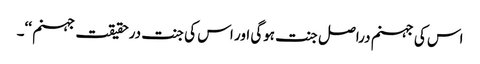
اس کی جہنم دراصل جنت ہوگی اور اس کی جنت درحقیقت جہنم ‘‘۔